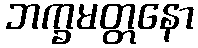
ဘက္ခမတ္တနော